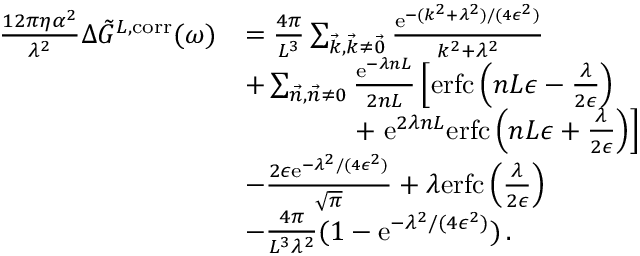
\begin{array} { r l } { \frac { 1 2 \pi \eta \alpha ^ { 2 } } { \lambda ^ { 2 } } \Delta \Tilde { G } ^ { L , \mathrm { c o r r } } ( \omega ) } & { = \frac { 4 \pi } { L ^ { 3 } } \sum _ { \vec { k } , \vec { k } \neq \vec { 0 } } \frac { \mathrm { e } ^ { - ( k ^ { 2 } + \lambda ^ { 2 } ) / ( 4 \epsilon ^ { 2 } ) } } { k ^ { 2 } + \lambda ^ { 2 } } } \\ & { + \sum _ { \vec { n } , \vec { n } \neq 0 } \frac { \mathrm { e } ^ { - \lambda n L } } { 2 n L } \left[ \mathrm { e r f c } \left( n L \epsilon - \frac { \lambda } { 2 \epsilon } \right) \right. } \\ & { \qquad \qquad + \left. \mathrm { e } ^ { 2 \lambda n L } \mathrm { e r f c } \left( n L \epsilon + \frac { \lambda } { 2 \epsilon } \right) \right] } \\ & { - \frac { 2 \epsilon \mathrm { e } ^ { - \lambda ^ { 2 } / ( 4 \epsilon ^ { 2 } ) } } { \sqrt { \pi } } + \lambda \mathrm { e r f c } \left( \frac { \lambda } { 2 \epsilon } \right) } \\ & { - \frac { 4 \pi } { L ^ { 3 } \lambda ^ { 2 } } ( 1 - \mathrm { e } ^ { - \lambda ^ { 2 } / ( 4 \epsilon ^ { 2 } ) } ) \, . } \end{array}